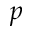
p